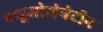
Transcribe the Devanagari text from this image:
फ्यूओजेनेटीन